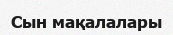
Cын мақалалары